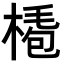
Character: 𣖏